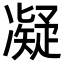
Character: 凝